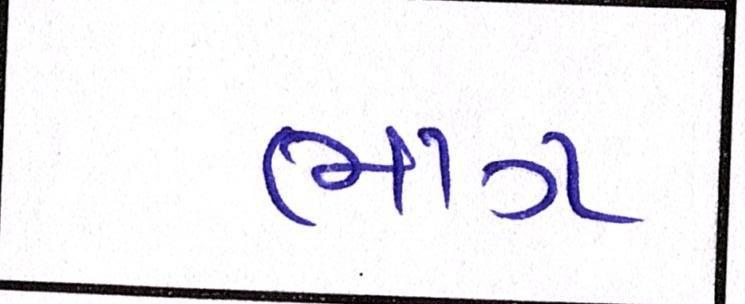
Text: ભાગ